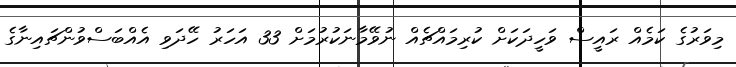
މިވަރުގެ ކަމެއް ރައީސް ވަހީދަކަށް ކުރިމައްޗެއް ނުވޭމާނަކުރުމަށް 33 އަހަރު ހޭދަވި އެއްބަސްވުންޗައިނާގެ